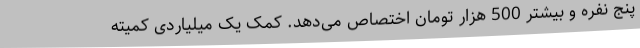
پنج نفره و بیشتر 500 هزار تومان اختصاص می‌دهد. کمک یک میلیاردی کمیته